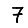
Digit: 7